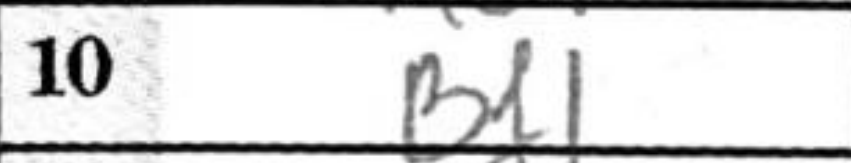
Transcription: Bf1